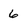
Character: 6